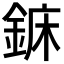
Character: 𨧖